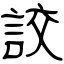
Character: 詨